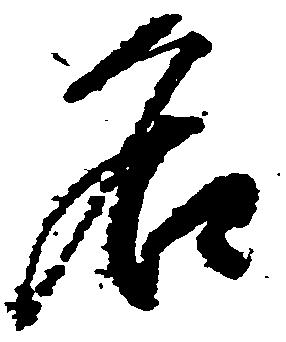
名